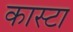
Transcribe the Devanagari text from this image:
कास्टा